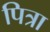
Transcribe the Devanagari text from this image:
पित्रा